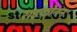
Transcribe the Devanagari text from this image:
राइकोनन